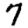
Digit: 7